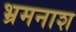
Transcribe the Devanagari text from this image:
भ्रमनाश